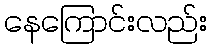
နေကြောင်းလည်း